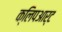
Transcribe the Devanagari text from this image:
क्लिपआर्ट